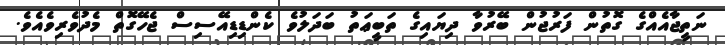
ނަތީޖާއެއްގެ ގޮތުން ފަރުޖުން ބޭރުވާ ދިޔައިގެ ތަބީޢަތު ބަދަލުވެ ކެންޑިޑިއޭސިސް ޖެހޭގޮތް މެދުވެރިވެއެވެ.